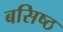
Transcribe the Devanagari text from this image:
बसिष्ठ